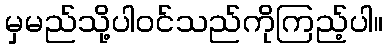
မှမည်သို့ပါဝင်သည်ကိုကြည့်ပါ။